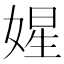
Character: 𡟙